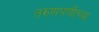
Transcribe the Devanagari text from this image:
तरुणपणीच्या